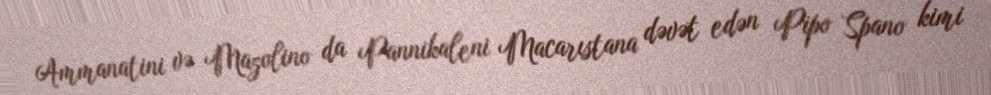
Ammanatini və Mazolino da Pannikaleni Macarıstana dəvət edən Pipo Spano kimi